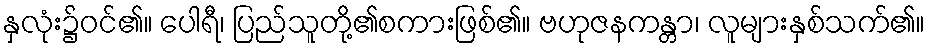
နှလုံး၌ဝင်၏။ ပေါရီ၊ ပြည်သူတို့၏စကားဖြစ်၏။ ဗဟုဇနကန္တာ၊ လူများနှစ်သက်၏။